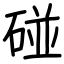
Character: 碰